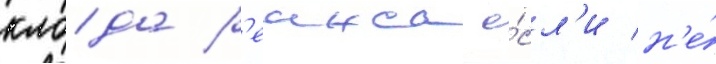
клода р'еинса е́сл'и н'е́